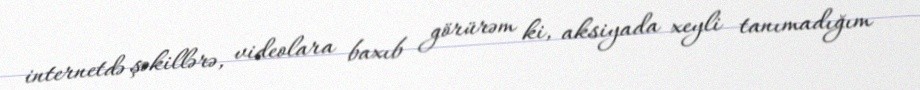
internetdə şəkillərə, videolara baxıb görürəm ki, aksiyada xeyli tanımadığım